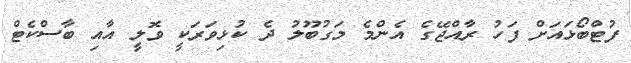
ފުޓްބޯޅައަށް ފަހު ރާއްޖޭގެ އެންމެ މަގުބޫލު ދެ ކުޅިވަރަކީ ވޮލީ އާއި ބާސްކެޓް